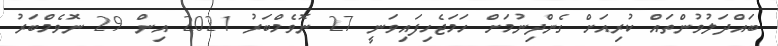
ބައްދަލުވުންތައް ކުރިއަށް ގެންދިނުމަށް ހަމަޖެހިފައިވަނީ 27 ނޮވެމްބަރު 2021 އިން 29 ނޮވެމްބަރު